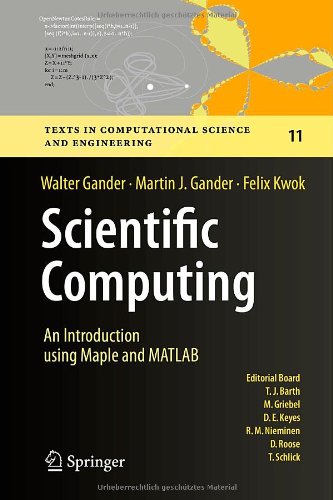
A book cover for Scientific Computing -  An Introduction using Maple and MATLAB (Texts in Computational Science and Engineering); Walter Gander; Science & Math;